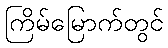
ကြိမ်မြောက်တွင်